Civil Veterinary Department. Central Provinces & Berar 1925-31 - 1925-1931
Year: 1925
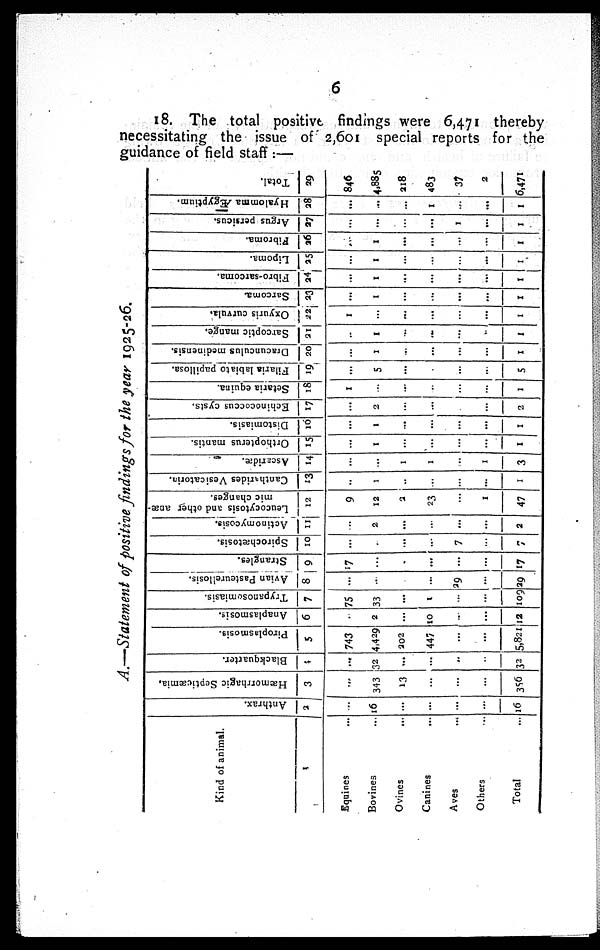
6
18. The total positive findings were 6,471 thereby
necessitating the issue of 2,601 special reports for the
guidance of field staff:—
A.—Statement of positive findings for the year 1925-26.
Kind of animal.
1
Equines ...
Bovines ...
Ovines
...
Canines ...
Aves
...
Others ...
Total ...
Anthrax.
2
...
16
...
...
...
...
16
Hæmorrhagic Septicæmia.
3
...
343
13
...
...
...
356
Blackquarter.
4
...
32
...
...
...
...
32
Piroplasmosis.
5
743
4,429
202
447
...
...
5,821
Anaplasmosis.
6
..
2
...
10
...
...
12
Trypanosomiasis.
7
75
33
...
1
...
...
109
Avian Pasteurellosis.
8
...
...
...
...
29
...
29
Strangles.
9
17
...
...
...
...
...
17
Spirochætosis.
10
...
...
...
...
7
...
7
Actinomycosis.
11
...
2
...
...
...
...
2
Leucocytosis and other anæ-
mic changes.
12
9
12
2
23
...
1
47
Cantharides Vesicatoria.
13
..
1
..
...
...
...
1
Ascaridæ.
14
...
...
1
1
...
1
3
Orthopterus mantis.
15
...
1
...
...
...
...
1
Distomiasis.
16
...
1
...
...
...
...
1
Echinococcus cysts.
17
...
2
...
...
...
...
2
Setaria equina.
18
1
...
...
...
...
...
1
Filaria labia to papillosa.
19
...
5
...
...
...
...
5
Dracunculus medinensis.
20
...
1
...
...
...
...
1
Sarcoptic mange.
21
..
1
...
...
...
...
1
Oxyuris curvula.
22
1
...
...
...
...
...
1
Sarcoma.
23
...
1
...
...
...
...
1
Fibro-sarcoma.
24
...
1
...
...
...
...
1
Lipoma.
25
...
...
...
...
...
...
1
Fibroma.
26
...
1
...
...
...
...
1
Argus persicus.
27
...
...
...
...
1
...
1
Hyalomma Ægypthim.
28
...
...
...
1
...
...
1
Total.
29
846
4,885
218
483
37
2
6,471